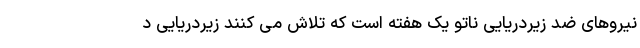
نیروهای ضد زیردریایی ناتو یک هفته است که تلاش می کنند زیردریایی د